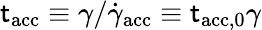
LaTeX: \mathsf{t}_{\mathrm{{acc}}}\equiv\gamma/\dot{{\gamma}}_{\mathrm{{acc}}}\equiv\mathsf{t}_{\mathrm{{acc,0}}}\gamma